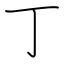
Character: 丁